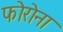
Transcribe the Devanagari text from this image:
फोरोना